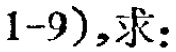
$1 - 9)$，求：